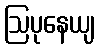
ဩပုနေယျ